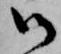
御